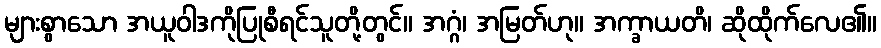
များစွာသော အယူဝါဒကိုပြုစီရင်သူတို့တွင်။ အဂ္ဂံ၊ အမြတ်ဟု။ အက္ခာယတိ၊ ဆိုထိုက်လေ၏။